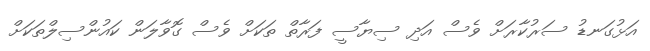
އަޅުގަނޑު ސަރުކާރަށް ވެސް އަދި ސިޔާސީ ފަރާތް ތަކަށް ވެސް ގޮވާލަން ކައުންސިލްތަކަށް